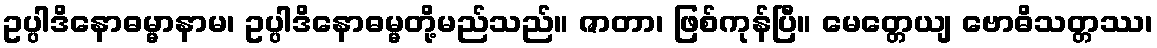
ဥပ္ပါဒိနောဓမ္မာနာမ၊ ဥပ္ပါဒိနောဓမ္မတို့မည်သည်။ ဇာတာ၊ ဖြစ်ကုန်ပြီ။ မေတ္တေယျ ဗောဓိသတ္တဿ၊